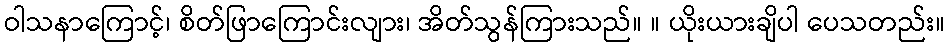
ဝါသနာကြောင့်၊ စိတ်ဖြာကြောင်းလျား၊ အိတ်သွန်ကြားသည်။ ။ ယိုးယားချိပါ ပေသတည်း။